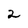
Character: 2